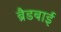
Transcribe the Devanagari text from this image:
ब्रैडबाई